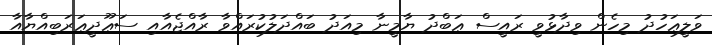
ވަލީޢަހުދު މިހެން ވިދާޅުވީ ރައީސް ޢަބްދު ޔާމީނާ މިއަދު ބައްދަލުކުރައްވާ ރާއްޖެއާއި ސަޢޫދީޢަރަބިއްޔާއާ